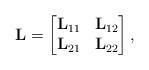
LaTeX: \begin{align*} \mathbf L = \begin{bmatrix} \mathbf L_{11} & \mathbf L_{12}\\ \mathbf L_{21} & \mathbf L_{22} \end{bmatrix},\end{align*}